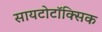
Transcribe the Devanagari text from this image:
सायटोटॉक्सिक